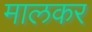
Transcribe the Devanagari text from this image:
मालकर